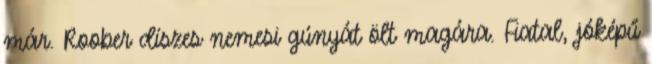
már. Roober díszes nemesi gúnyát ölt magára. Fiatal, jóképű